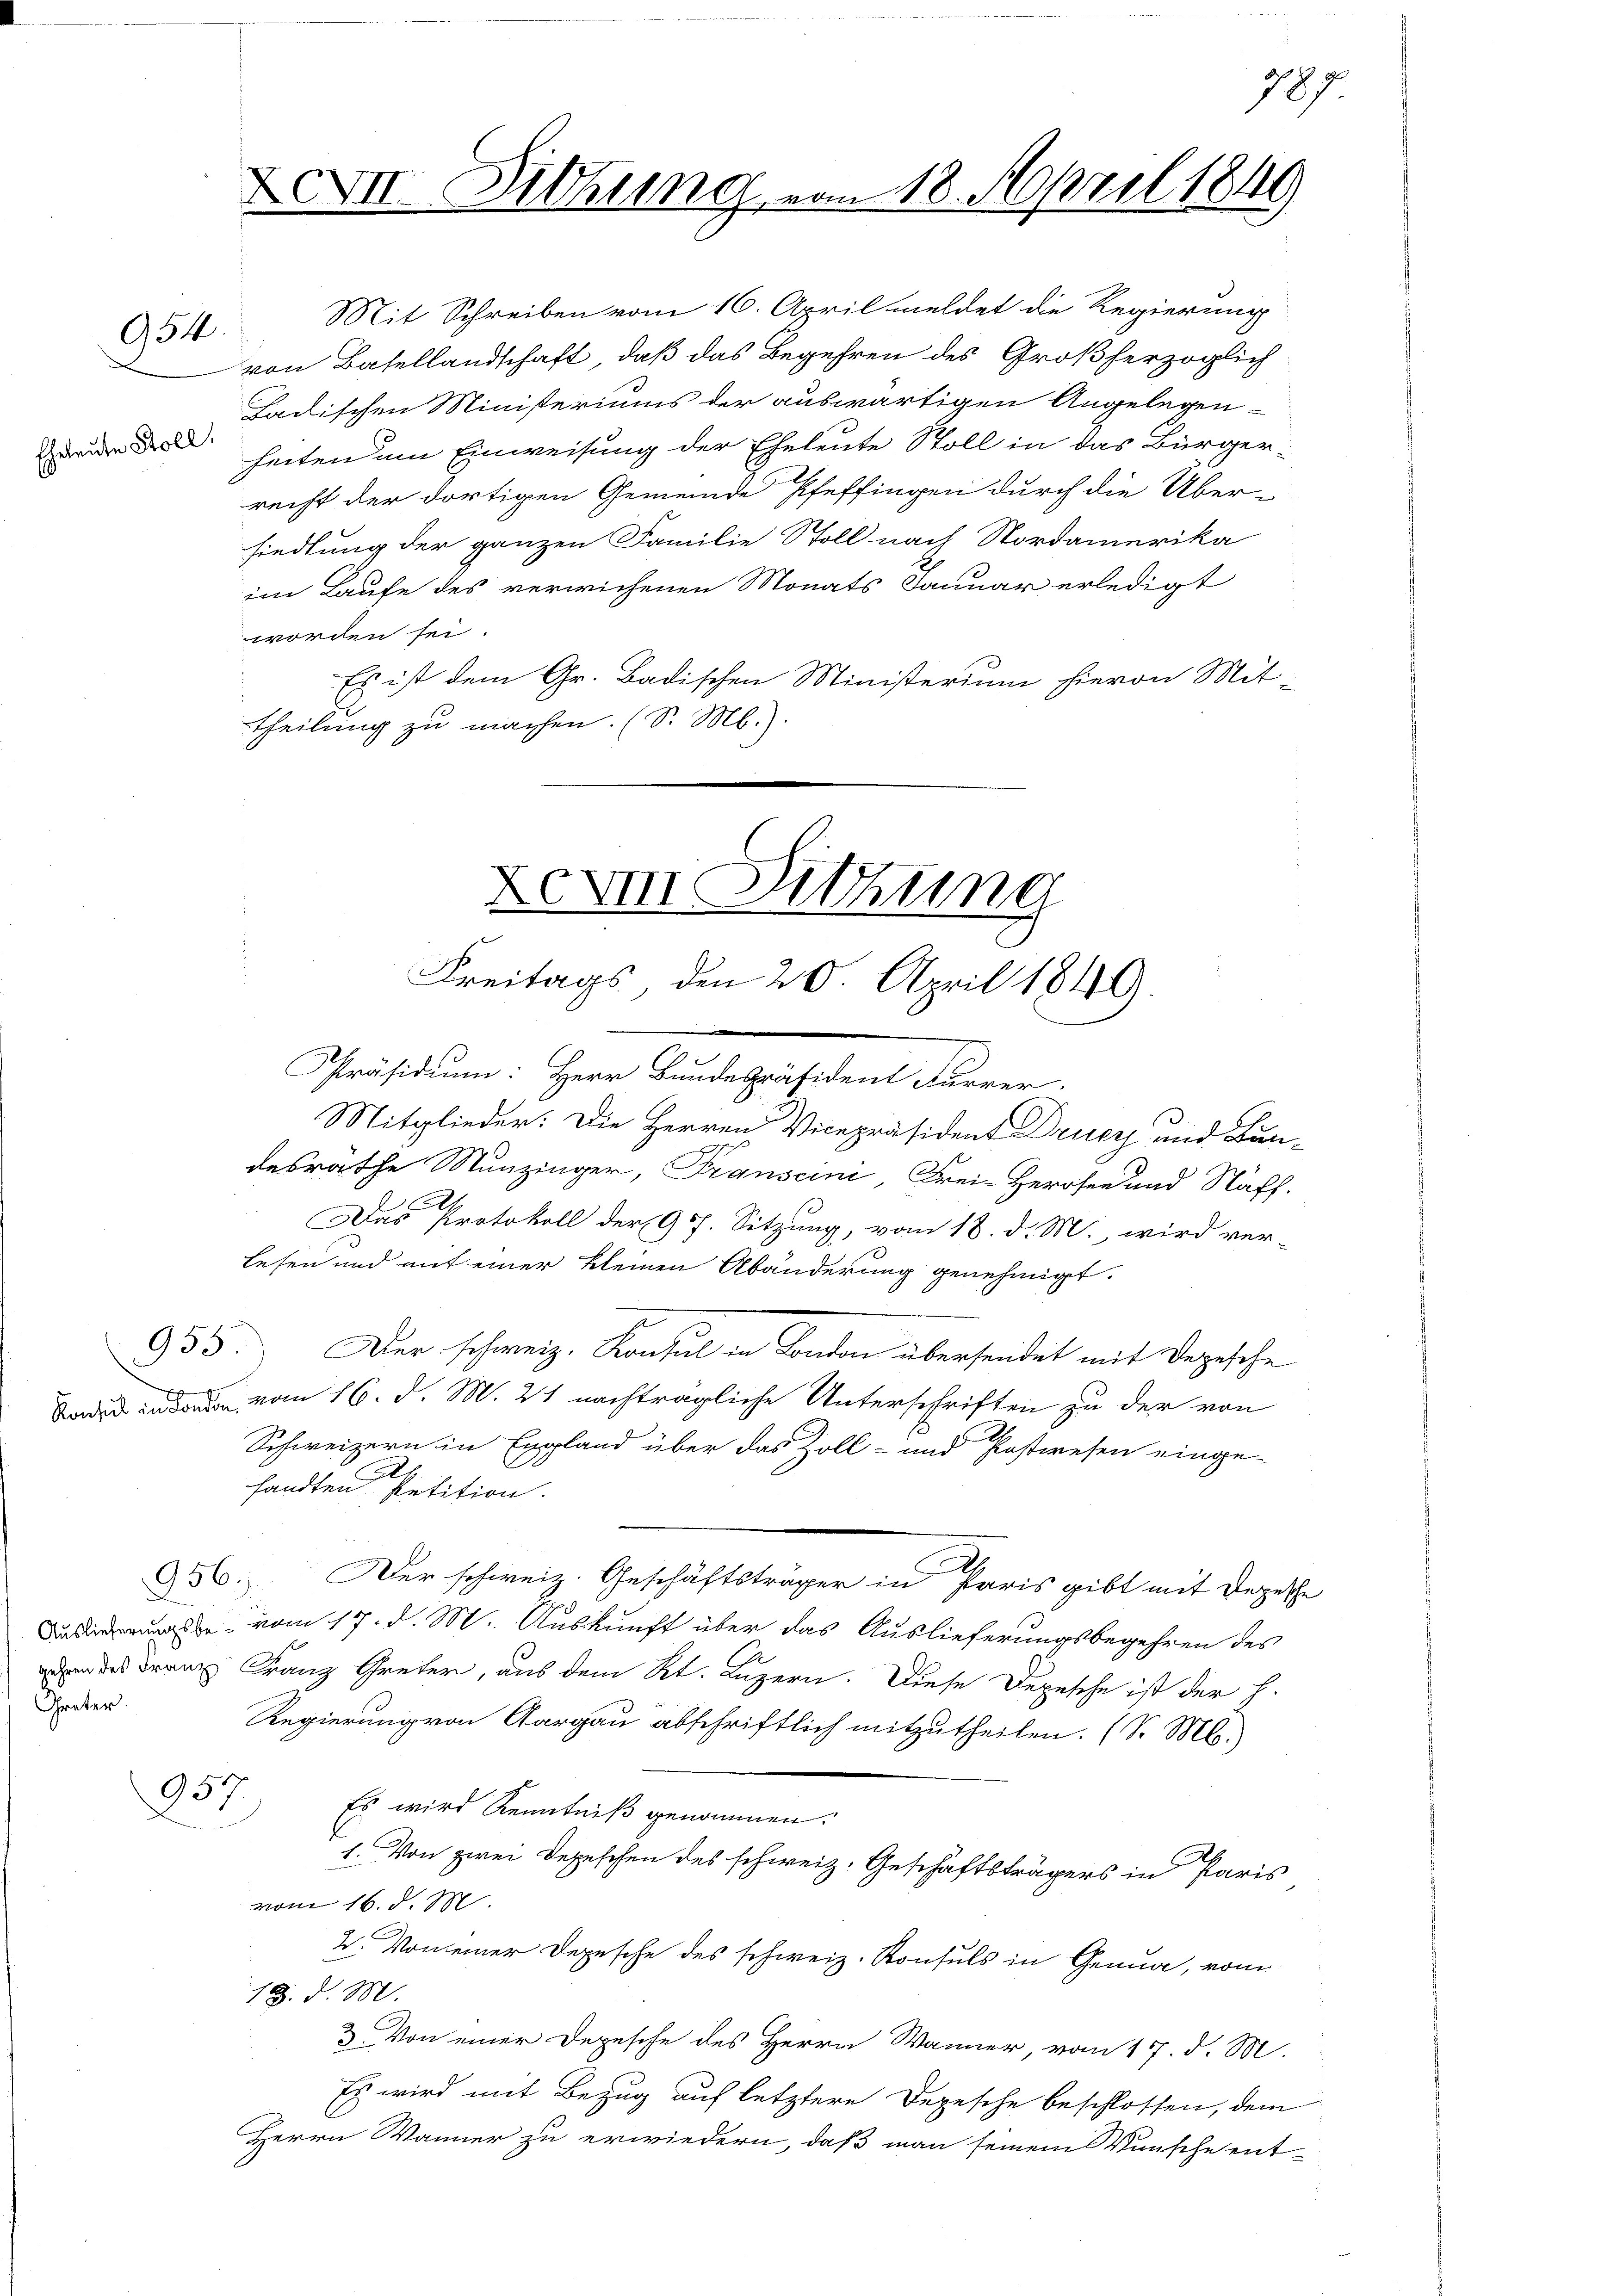
954

Eheleute Koll

955.

.

Greter.

Mit Schreiben vom 16. April meldet die Regierung
von Basellandschaft, daß das Begehren des Großherzoglich
Ladischen Ministeriums der auswärtigen Angelegen-
heiten um Einweisung der Eheleute Stoll in das Bürger-
recht der dortigen Gemeinde Pfeffingen durch die Über-
siedlung der ganzen Familie Stoll nach Nordamerika
im Laufe des verwichenen Monats Januar erledigt
worden sei.
Es ist dem Gr. Badischen Ministerium hievon Mit-
theilung zu machen. (S. M.).

Mitglieder: Die Herren Vicepräsident Drucz und Bun-
desrathe Munzinger, Transcini, Frei-Herosen und Näff.
Das Protokoll der 9. Sitzung, vom 18. d. M., wird ver-
Lesen und mit einer kleinen Abänderung genehmigt.
Der schweiz. Konsul in London übersendet mit Depesche
Boden und vom 16. d. M. 21 nachträgliche Unterschriften zu der von
Schweizern in Expland über das Zoll- und Postwesen einge-
sandten Petition.
956. Der schweiz. Geschäftsträger in Paris gibt mit Depes
e vom 17. d. M. Auskunft über das Auslieferungsbegehren des
 des Franz Franz Greter, aus dem Kt. Luzern. Diese Depesche ist der h.
Regierung von Aargau abschriftlich mitzutheilen. (S. Mts.
937.
Es wird Kenntniß genommen.
1. Von zwei Depeschen des schweiz. Geschäftsträgers in Paris
vom 16. d. M.
2. Von einer Depesche des schweiz. Konsuls in Genua, vom
18. d. M.
3. Von einer Depesche des Herrn Wänner, vom 17. d. M.
Es wird mit Bezug auf letztere Depesche beschlossen, dem
Herrn Wanner zu erwiedern, daß man seinem Wunsche ent-

XII. Dittung vom 18. April 1849

m Sitzung
Freitags, den 20. April 1849.
Präsidium. Herr Kindepräsident können.

787

e